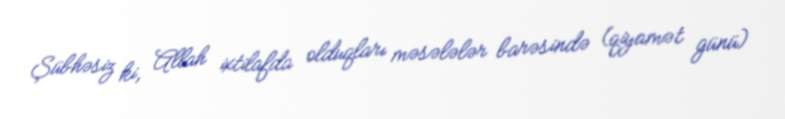
Şübhəsiz ki, Allah ixtilafda olduqları məsələlər barəsində (qiyamət günü)